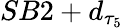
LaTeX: SB2+d_{\tau_{5}}